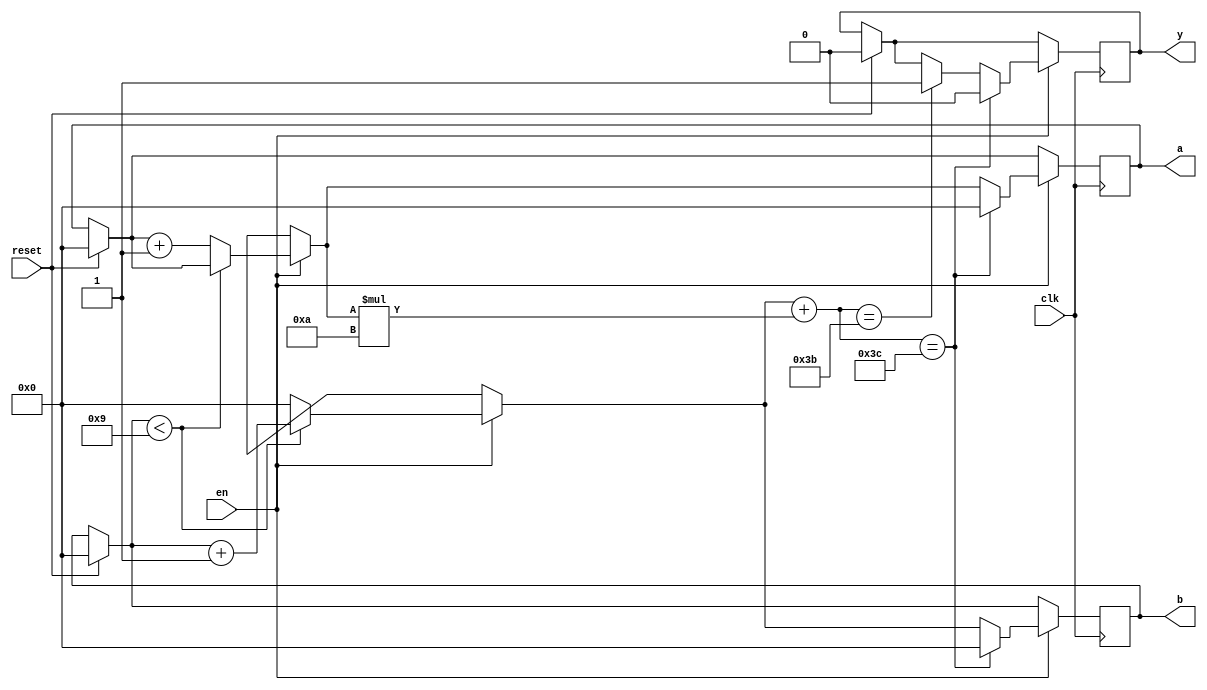
module BIG_CLOCK(en,reset,clk,y,a,b);
input en;
input reset;
input clk;
output y;
output [3:0]a;
output [3:0]b;
reg [3:0]a;reg [3:0]b; reg y;
always @(posedge clk)
	begin
		if (reset==1) begin a=0;b=0;y=0; end
		if (en == 1)
		begin
		if (b<9)
			b=b+1;
		else
			begin
				b=0;
				a=a+1;
			end
		if (b+a*10==59)
				begin
					y=1;
				end
		if (b+a*10==60)
				begin
					a=0;b=0;y=0;
				end
		end
	end
endmodule